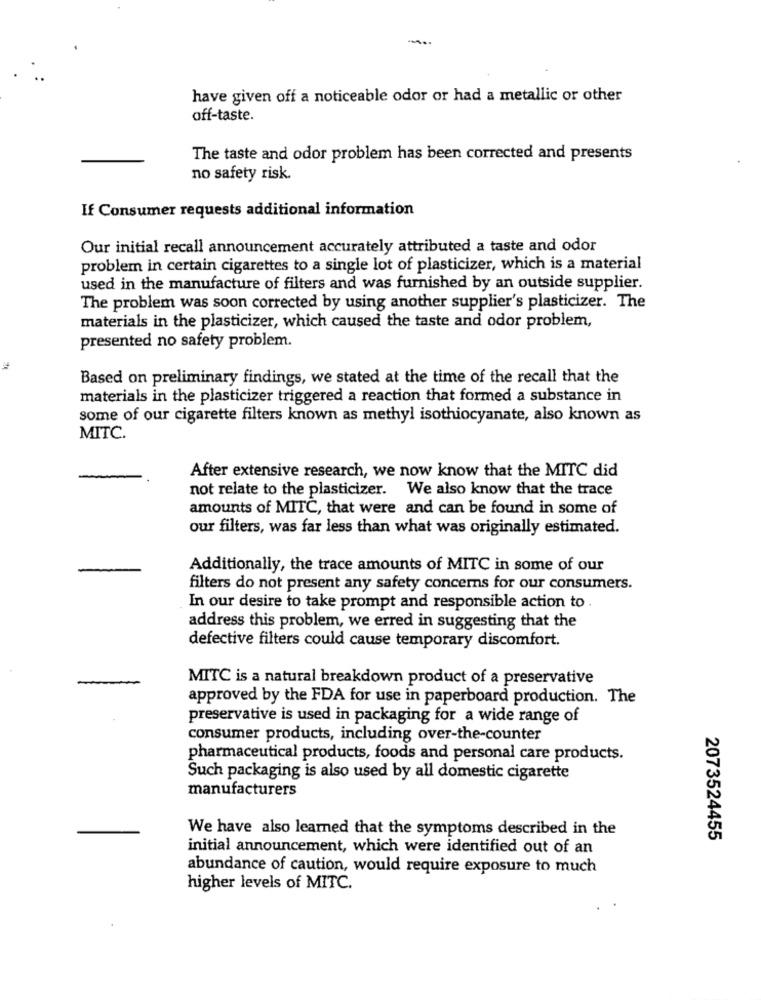
have given off a noticeable odor or had a metallic or other
off-taste.
The taste and odor problem has been corrected and presents
no safety risk.
If Consumer requests additional information
Our initial recall announcement accurately attributed a taste and odor
problem in certain cigarettes to a single lot of plasticizer, which is a material
used in the manufacture of filters and was furnished by an outside supplier.
The problem was soon corrected by using another supplier's plasticizer. The
materials in the plasticizer, which caused the taste and odor problem,
presented no safety problem.
Based on preliminary findings, we stated at the time of the recall that the
materials in the plasticizer triggered a reaction that formed a substance in
some of our cigarette filters known as methyl isothiocyanate, also known as
MITC.
After extensive research, we now know that the MITC did
not relate to the plasticizer. We also know that the trace
amounts of MITC, that were and can be found in some of
our filters, was far less than what was originally estimated.
Additionally, the trace amounts of MITC in some of our
filters do not present any safety concerns for our consumers.
In our desire to take prompt and responsible action to .
address this problem, we erred in suggesting that the
defective filters could cause temporary discomfort.
MITC is a natural breakdown product of a preservative
approved by the FDA for use in paperboard production. The
preservative is used in packaging for a wide range of
consumer products, including over-the-counter
pharmaceutical products, foods and personal care products.
Such packaging is also used by all domestic cigarette
manufacturers
We have also learned that the symptoms described in the
2073524455
initial announcement, which were identified out of an
abundance of caution, would require exposure to much
higher levels of MITC.